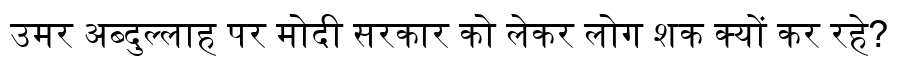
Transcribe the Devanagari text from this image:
उमर अब्दुल्लाह पर मोदी सरकार को लेकर लोग शक क्यों कर रहे?